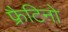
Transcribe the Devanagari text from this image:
फ्रैटिनो